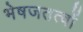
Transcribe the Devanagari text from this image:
भेषजतत्वों